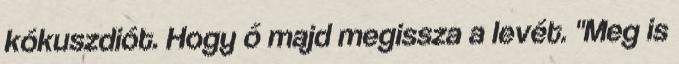
kókuszdiót. Hogy ő majd megissza a levét. "Meg is